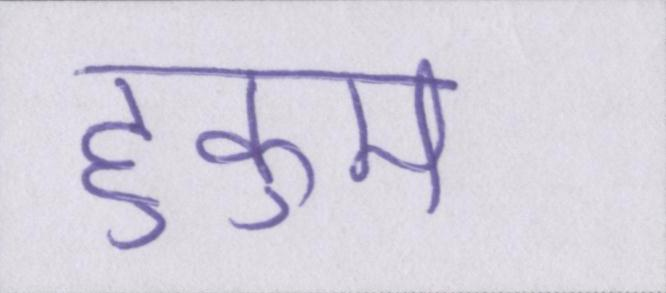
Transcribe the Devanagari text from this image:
हुकुम